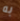
به